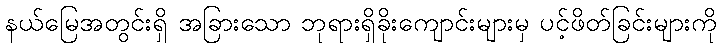
နယ်မြေအတွင်းရှိ အခြားသော ဘုရားရှိခိုးကျောင်းများမှ ပင့်ဖိတ်ခြင်းများကို